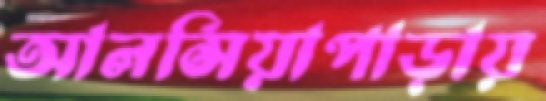
আলসিয়াপাড়ায়